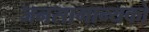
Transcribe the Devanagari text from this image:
जनसामान्‍यको